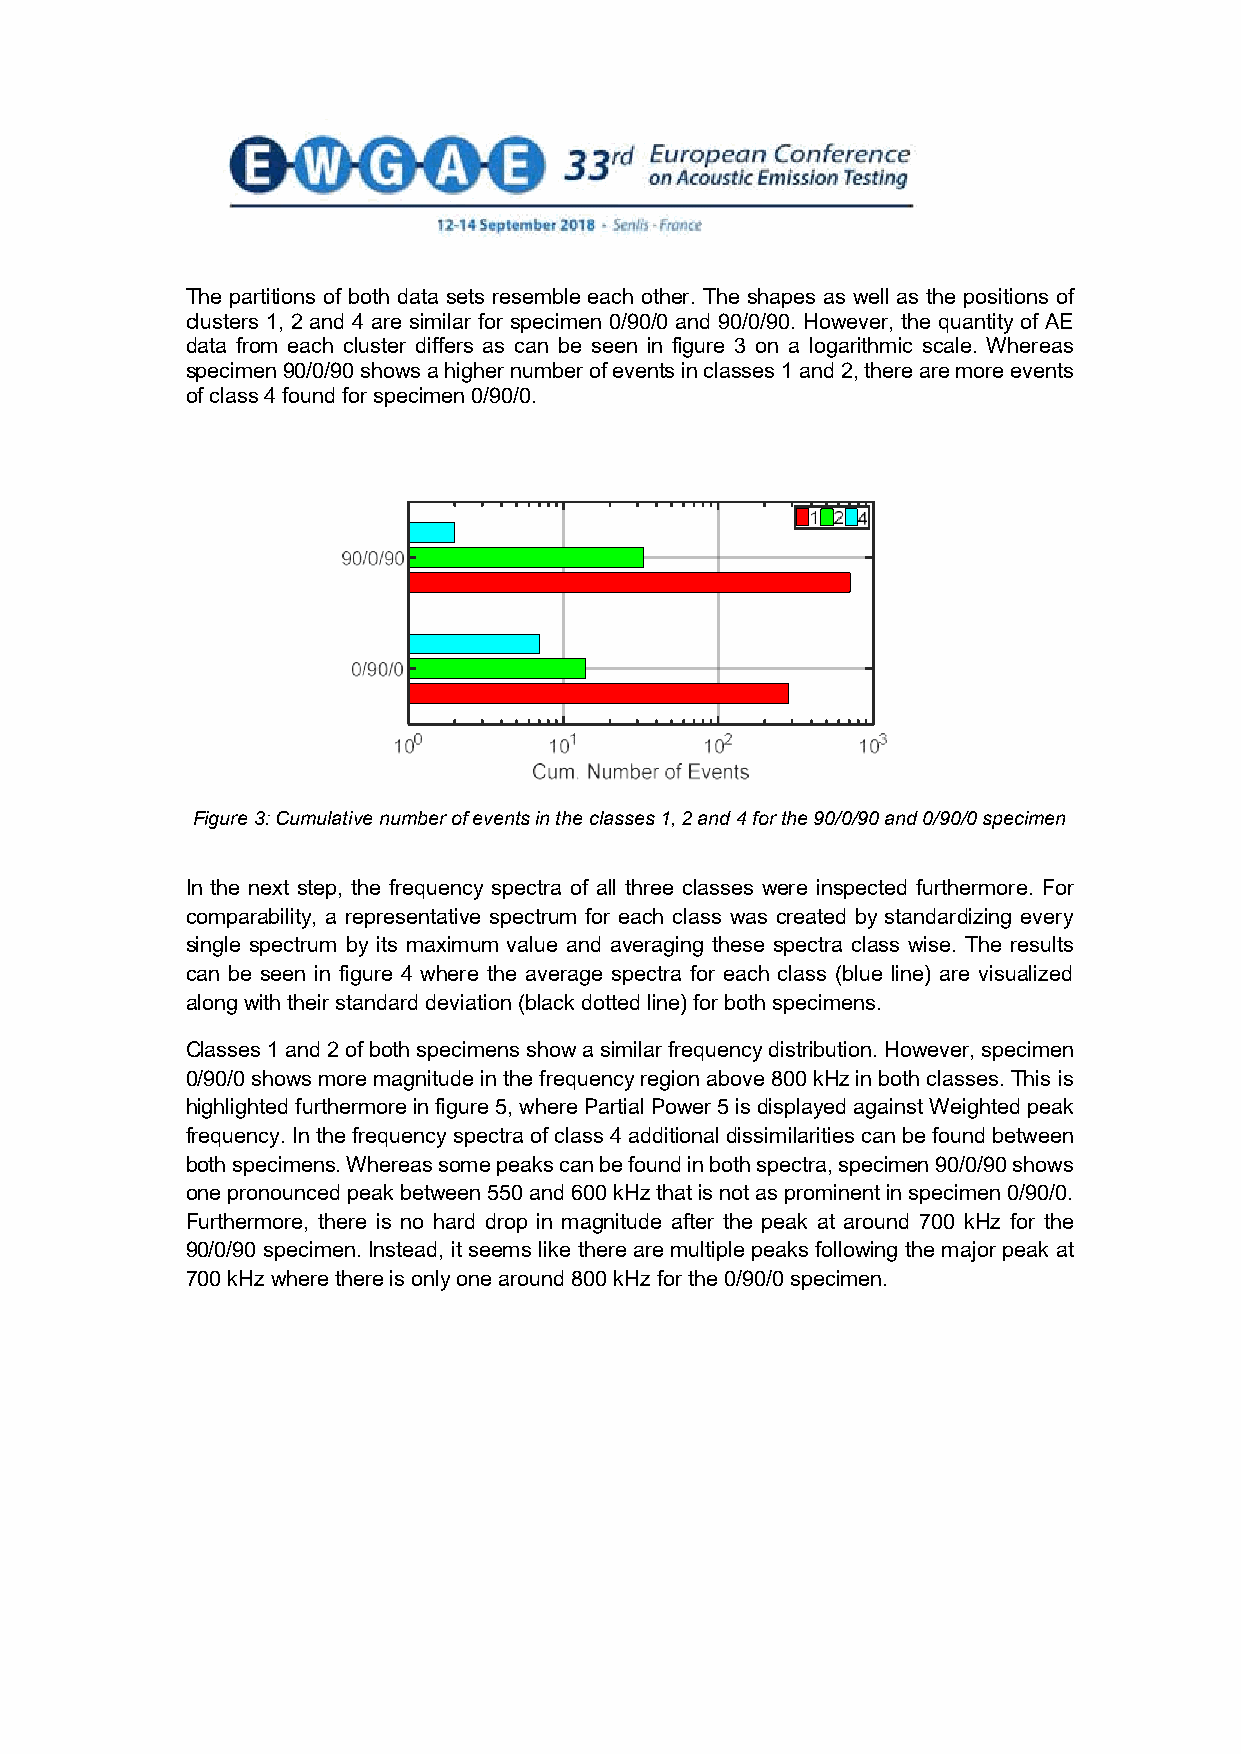
The partitions of both data sets resemble each other. The shapes as well as the positions of
 clusters 1, 2 and 4 are similar for specimen 0/90/0 and 90/0/90. However, the quantity of AE
 data from each cluster differs as can be seen in figure 3 on a logarithmic scale. Whereas
 specimen 90/0/90 shows a higher number of events in classes 1 and 2, there are more events
 of class 4 found for specimen 0/90/0.
 Figure 3: Cumulative number of events in the classes 1, 2 and 4 for the 90/0/90 and 0/90/0 specimen
 In the next step, the frequency spectra of all three classes were inspected furthermore. For
 comparability, a representative spectrum for each class was created by standardizing every
 single spectrum by its maximum value and averaging these spectra class wise. The results
 can be seen in figure 4 where the average spectra for each class (blue line) are visualized
 along with their standard deviation (black dotted line) for both specimens.
 Classes 1 and 2 of both specimens show a similar frequency distribution. However, specimen
 0/90/0 shows more magnitude in the frequency region above 800 kHz in both classes. This is
 highlighted furthermore in figure 5, where Partial Power 5 is displayed against Weighted peak
 frequency. In the frequency spectra of class 4 additional dissimilarities can be found between
 both specimens. Whereas some peaks can be found in both spectra, specimen 90/0/90 shows
 one pronounced peak between 550 and 600 kHz that is not as prominent in specimen 0/90/0.
 Furthermore, there is no hard drop in magnitude after the peak at around 700 kHz for the
 90/0/90 specimen. Instead, it seems like there are multiple peaks following the major peak at
 700 kHz where there is only one around 800 kHz for the 0/90/0 specimen.
 5